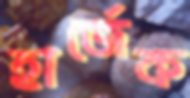
হার্জেক